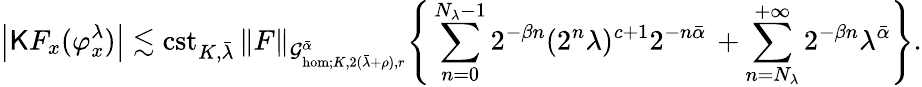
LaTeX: \left|\mathsf{K}F_{x}(\varphi_{x}^{\lambda})\right|\lesssim\mathrm{cst}_{K,\bar{\lambda}}\, \| F\| _{\mathcal{G}_{\mathrm{hom};K,2(\bar{\lambda}+\rho),r}^{\bar{\alpha}}}\Bigg\{ \sum_{n=0}^{N_{\lambda}-1}2^{-\beta n}(2^{n}\lambda)^{c+1}2^{-n\bar{\alpha}}\, +\sum_{n=N_{\lambda}}^{+\infty}2^{-\beta n}\lambda^{\bar{\alpha}}\Bigg\} .